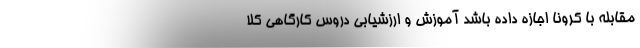
مقابله با کرونا اجازه داده باشد آموزش و ارزشیابی دروس کارگاهی کلا